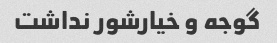
گوجه و خیارشور نداشت